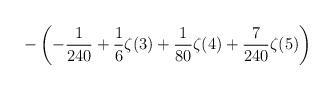
\begin{align*}\displaystyle-\left(-\frac{1}{240}+\frac{1}{6}\zeta(3)+\frac{1}{80}\zeta(4)+\frac{7}{240}\zeta(5)\right)\end{align*}